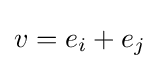
v=e_{i}+e_{j}